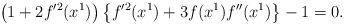
LaTeX: \begin{align*}\left(1+2f'^2(x^1)\right)\left\lbrace f'^2(x^1)+3f(x^1)f''(x^1) \right\rbrace -1 =0.\end{align*}